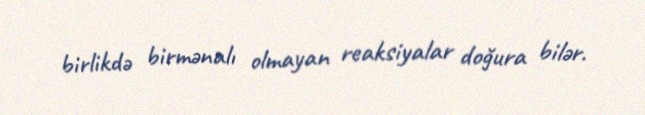
birlikdə birmənalı olmayan reaksiyalar doğura bilər.